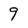
Character: 9